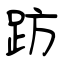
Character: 趽